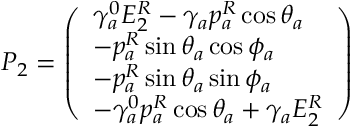
P _ { 2 } = \left( \begin{array} { l } { { \gamma _ { a } ^ { 0 } E _ { 2 } ^ { R } - \gamma _ { a } p _ { a } ^ { R } \cos \theta _ { a } } } \\ { { - p _ { a } ^ { R } \sin \theta _ { a } \cos \phi _ { a } } } \\ { { - p _ { a } ^ { R } \sin \theta _ { a } \sin \phi _ { a } } } \\ { { - \gamma _ { a } ^ { 0 } p _ { a } ^ { R } \cos \theta _ { a } + \gamma _ { a } E _ { 2 } ^ { R } } } \end{array} \right)